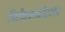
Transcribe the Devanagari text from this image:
निरीक्षणकौशल्य